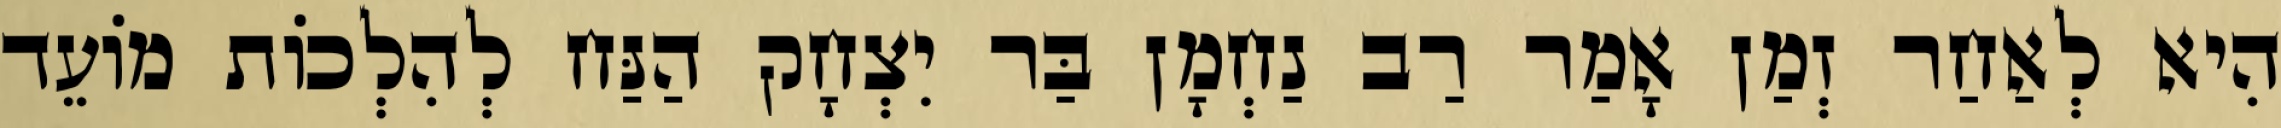
הִיא לְאַחַר זְמַן אָמַר רַב נַחְמָן בַּר יִצְחָק הַנַּח לְהִלְכוֹת מוֹעֵד